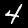
Digit: 4